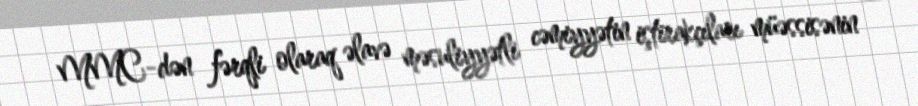
MMC-dən fərqli olaraq əlavə məsuliyyətli cəmiyyətin iştirakçıları müəssisənin